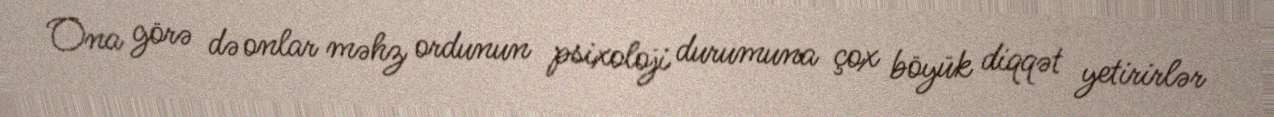
Ona görə də onlar məhz ordunun psixoloji durumuna çox böyük diqqət yetirirlər